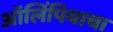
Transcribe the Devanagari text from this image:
ऑलिंपियाचा